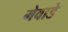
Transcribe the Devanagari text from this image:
मेवाडे